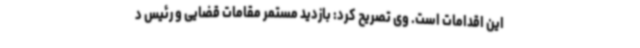
این اقدامات است. وی تصریح کرد: بازدید مستمر مقامات قضایی و رئیس د